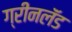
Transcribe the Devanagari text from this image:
ग्रीनलॅंड